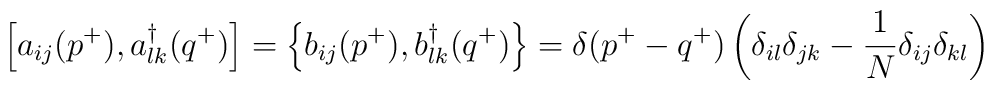
\left[a_{ij}(p^+ ),a^\dagger_{lk}(q^+)\right]=\left\{ b_{ij}(p^+ ),b^\dagger_{lk}(q^+)\right\}=\delta (p^+ -q^+)\left(\delta_{il}\delta_{jk}-\frac{1}{N}\delta_{ij}\delta_{kl}\right)